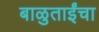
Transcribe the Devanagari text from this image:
बाळुताईंचा